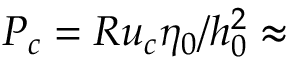
P _ { c } = R u _ { c } \eta _ { 0 } / h _ { 0 } ^ { 2 } \approx